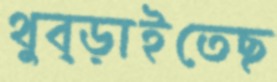
থুব্‌ড়াইতেছ